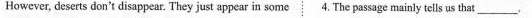
However, deserts don't disappear. They just appear in some. The passage mainly tells us that ___ .